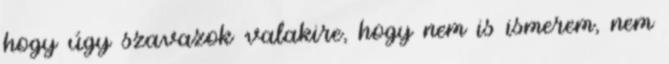
hogy úgy szavazok valakire, hogy nem is ismerem, nem